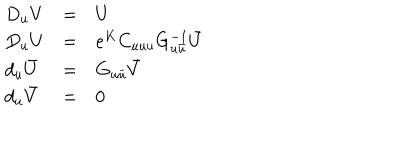
LaTeX: \begin{array} { l l l } { { D _ { u } V } } & { { = } } & { { U } } \\ { { D _ { u } U } } & { { = } } & { { e ^ { K } C _ { u u u } G _ { u { \bar { u } } } ^ { - 1 } { \bar { U } } } } \\ { { d _ { u } { \bar { U } } } } & { { = } } & { { G _ { u { \bar { u } } } { \bar { V } } } } \\ { { d _ { u } { \bar { V } } } } & { { = } } & { { 0 } } \\ \end{array}